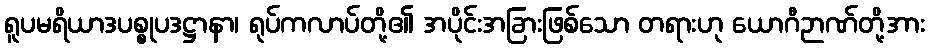
ရူပမရိယာဒပစ္စုပဒဋ္ဌာနာ၊ ရုပ်ကလာပ်တို့၏ အပိုင်းအခြားဖြစ်သော တရားဟု ယောဂီဉာဏ်တို့အား